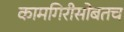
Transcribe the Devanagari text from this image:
कामगिरीसोबतच